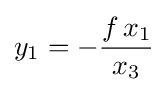
y_{1}=-{\frac {f\,x_{1}}{x_{3}}}